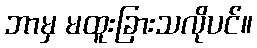
ဘာမှ မထူးခြားသလိုပင်။